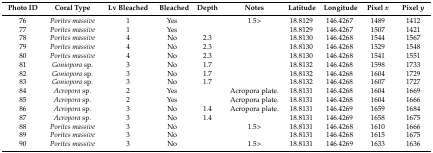
<table><thead><tr><td><b>Photo ID</b></td><td><b>Coral Type</b></td><td><b>Lv Bleached</b></td><td><b>Bleached</b></td><td><b>Depth</b></td><td><b>Notes</b></td><td><b>Latitude</b></td><td><b>Longitude</b></td><td><b>Pixel <i>x</i></b></td><td><b>Pixel <i>y</i></b></td></tr></thead><tbody><tr><td>76</td><td><i>Porites massive</i></td><td>1</td><td>Yes</td><td>[EMPTY_CELL]</td><td>1.5&gt;</td><td>18.8129</td><td>146.4267</td><td>1489</td><td>1412</td></tr><tr><td>77</td><td><i>Porites massive</i></td><td>1</td><td>Yes</td><td>[EMPTY_CELL]</td><td>[EMPTY_CELL]</td><td>18.8129</td><td>146.4267</td><td>1507</td><td>1421</td></tr><tr><td>78</td><td><i>Porites massive</i></td><td>4</td><td>No</td><td>2.3</td><td>[EMPTY_CELL]</td><td>18.8130</td><td>146.4268</td><td>1544</td><td>1567</td></tr><tr><td>79</td><td><i>Porites massive</i></td><td>4</td><td>No</td><td>2.3</td><td>[EMPTY_CELL]</td><td>18.8130</td><td>146.4268</td><td>1529</td><td>1548</td></tr><tr><td>80</td><td><i>Porites massive</i></td><td>4</td><td>No</td><td>2.3</td><td>[EMPTY_CELL]</td><td>18.8130</td><td>146.4268</td><td>1541</td><td>1551</td></tr><tr><td>81</td><td><i>Goniopora</i> sp.</td><td>3</td><td>No</td><td>1.7</td><td>[EMPTY_CELL]</td><td>18.8132</td><td>146.4268</td><td>1598</td><td>1733</td></tr><tr><td>82</td><td><i>Goniopora</i> sp.</td><td>3</td><td>No</td><td>1.7</td><td>[EMPTY_CELL]</td><td>18.8132</td><td>146.4268</td><td>1604</td><td>1729</td></tr><tr><td>83</td><td><i>Goniopora</i> sp.</td><td>3</td><td>No</td><td>1.7</td><td>[EMPTY_CELL]</td><td>18.8132</td><td>146.4268</td><td>1607</td><td>1727</td></tr><tr><td>84</td><td><i>Acropora</i> sp.</td><td>2</td><td>Yes</td><td>[EMPTY_CELL]</td><td>Acropora plate. </td><td>18.8131</td><td>146.4268</td><td>1604</td><td>1669</td></tr><tr><td>85</td><td><i>Acropora</i> sp.</td><td>2</td><td>Yes</td><td>[EMPTY_CELL]</td><td>Acropora plate. </td><td>18.8131</td><td>146.4268</td><td>1604</td><td>1666</td></tr><tr><td>86</td><td><i>Acropora</i> sp.</td><td>3</td><td>No</td><td>1.4</td><td>Acropora plate.</td><td>18.8131</td><td>146.4269</td><td>1659</td><td>1684</td></tr><tr><td>87</td><td><i>Acropora</i> sp.</td><td>3</td><td>No</td><td>1.4</td><td>[EMPTY_CELL]</td><td>18.8131</td><td>146.4269</td><td>1658</td><td>1675</td></tr><tr><td>88</td><td><i>Porites massive</i></td><td>3</td><td>No</td><td>[EMPTY_CELL]</td><td>1.5&gt;</td><td>18.8131</td><td>146.4268</td><td>1610</td><td>1666</td></tr><tr><td>89</td><td><i>Porites massive</i></td><td>3</td><td>No</td><td>[EMPTY_CELL]</td><td>[EMPTY_CELL]</td><td>18.8131</td><td>146.4268</td><td>1615</td><td>1675</td></tr><tr><td>90</td><td><i>Porites massive</i></td><td>3</td><td>No</td><td>[EMPTY_CELL]</td><td>1.5&gt;</td><td>18.8131</td><td>146.4269</td><td>1633</td><td>1636</td></tr></tbody></table>